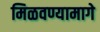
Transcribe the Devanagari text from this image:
मिळवण्यामागे